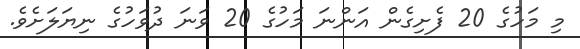
މި މަހުގެ 20 ފެށިގެން އަންނަ މަހުގެ 20 ވަނަ ދުވަހުގެ ނިޔަލަށެވެ.